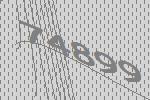
74899